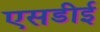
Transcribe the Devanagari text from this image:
एसडीई